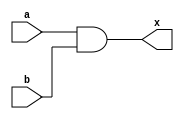
`timescale 1ns / 1ps
//////////////////////////////////////////////////////////////////////////////////
// Company: 
// Engineer: 
// 
// Design Name: 
// Module Name: exercise
// Project Name: 
// Target Devices: 
// Tool Versions: 
// Description: 
// 
// Dependencies: 
// 
// Revision:
// Revision 0.01 - File Created
// Additional Comments:
// 
//////////////////////////////////////////////////////////////////////////////////


module exercise(  a,b, x

    );
input a,b;

output x;

assign x = a&b;

endmodule